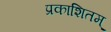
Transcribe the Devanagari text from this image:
प्रकाशितम्